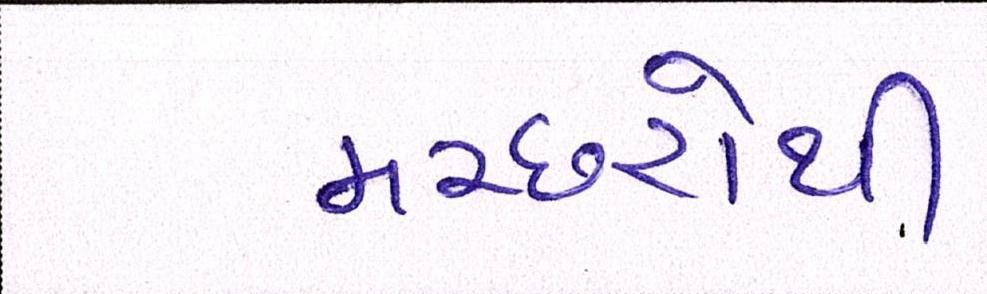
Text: મચ્છરોથી